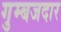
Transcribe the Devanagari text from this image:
गुम्बजदार